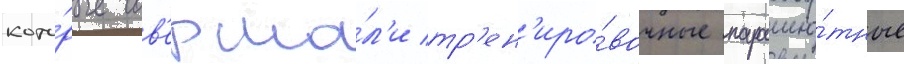
кото́рые сов'ерша́л'и тр'ен'иро́вочные парашю́тные